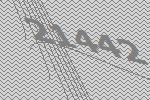
21442